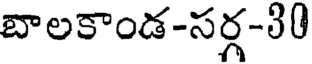
బాలకాండ-సర్గ-30